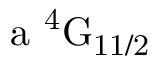
\mathrm { a \ ^ { 4 } G _ { 1 1 / 2 } }